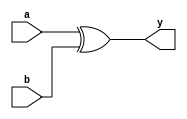
`timescale 1ns / 1ps
//////////////////////////////////////////////////////////////////////////////////
// Company: 
// Engineer: 
// 
// Design Name: 
// Module Name: xor_gate
// Project Name: 
// Target Devices: 
// Tool Versions: 
// Description: 
// 
// Dependencies: 
// 
// Revision:
// Revision 0.01 - File Created
// Additional Comments:
// 
//////////////////////////////////////////////////////////////////////////////////


module xor_gate(y,a,b);
input a,b;
output y;
assign y = a^b;
endmodule